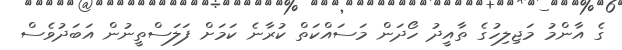
ގެ އާންމު މަޖިލިހުގެ ތާއީދު ހޯދަން މަސައްކަތް ކުރާނެ ކަމަށް ފަލަސްތީނުން އަބަދުވެސް